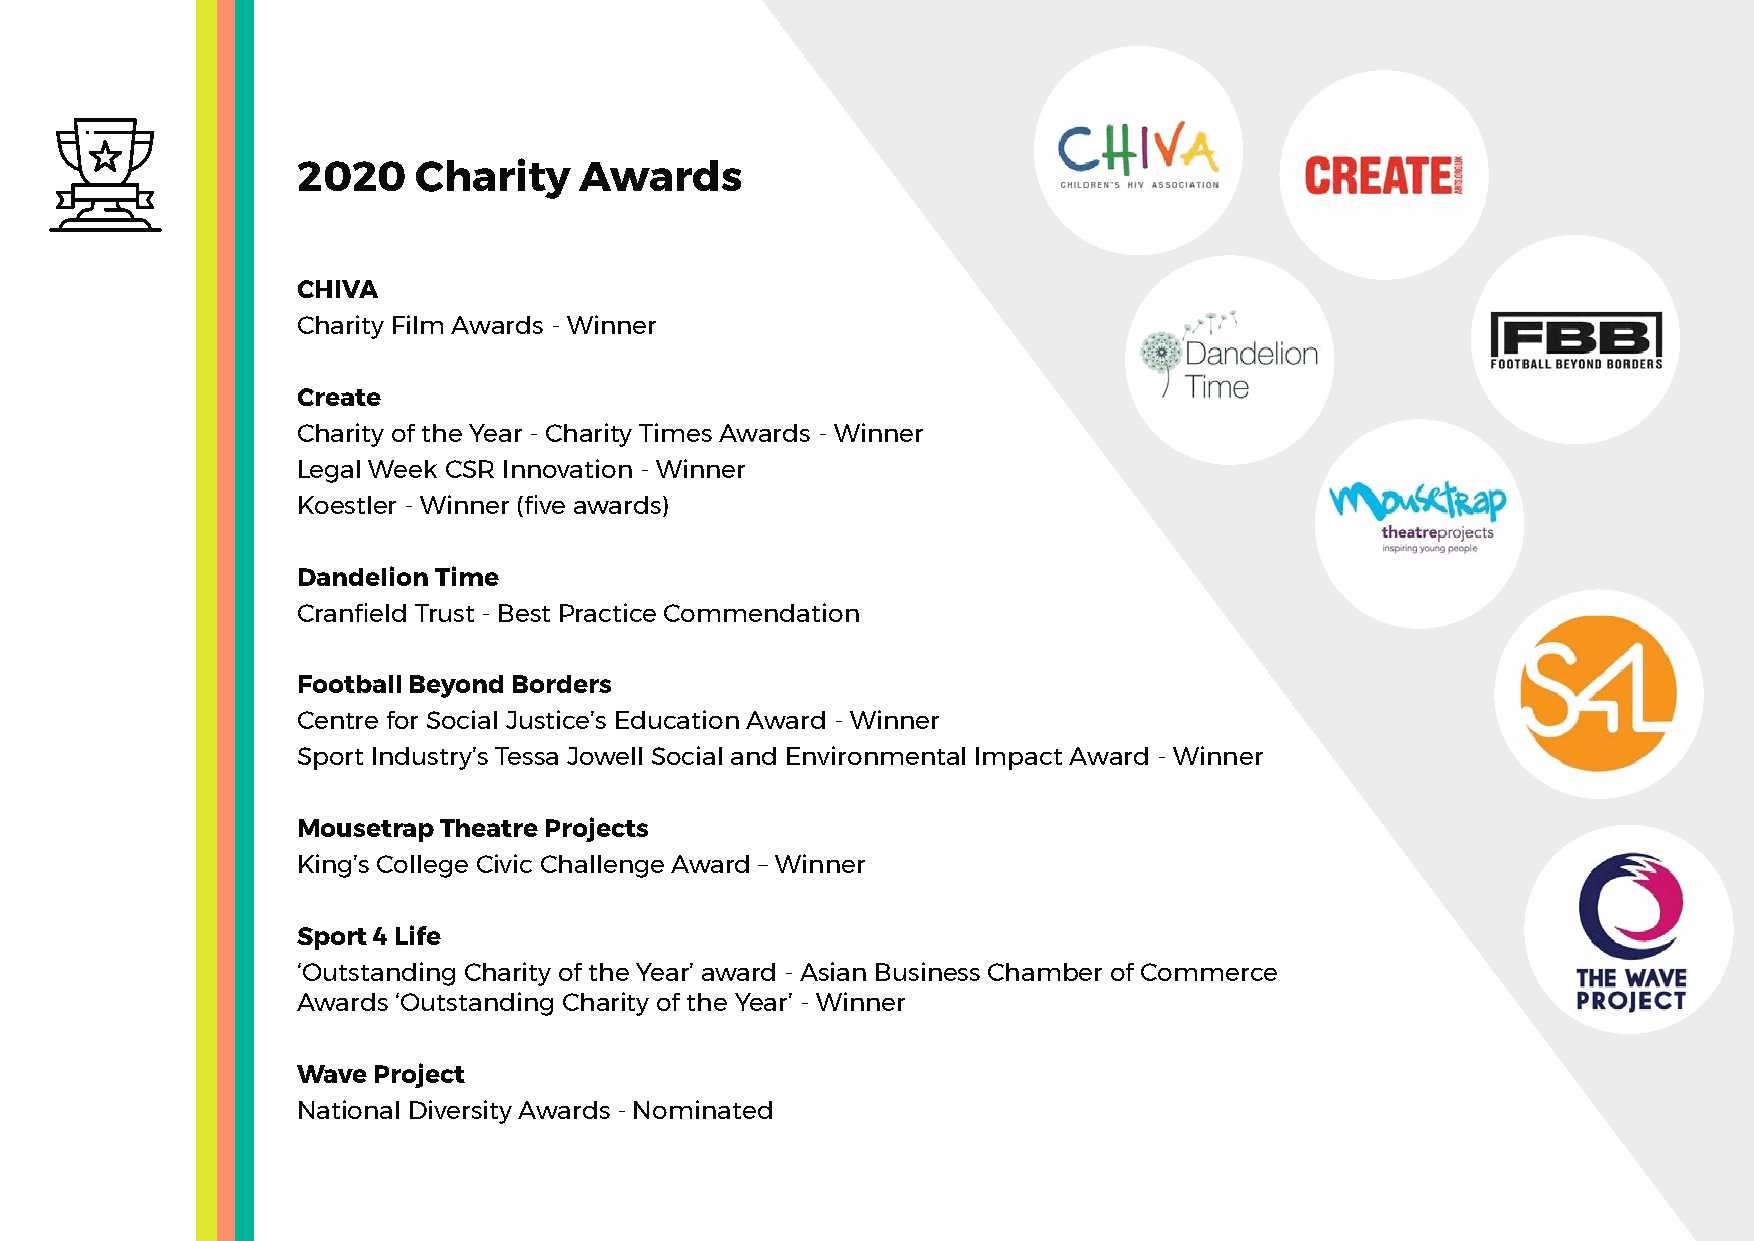
2020    Charity   Awards
 CHIVA
 Charity Film Awards - Winner
 Create
 Charity of the Year - Charity Times Awards - Winner
 Legal Week CSR Innovation - Winner
 Koestler - Winner (five awards)
 Dandelion Time
 Cranfield Trust - Best Practice Commendation
 Football Beyond Borders
 Centre for Social Justice’s Education Award - Winner
 Sport Industry’s Tessa Jowell Social and Environmental Impact Award - Winner
 Mousetrap Theatre Projects
 King’s College Civic Challenge Award – Winner
 Sport 4 Life
 ‘Outstanding Charity of the Year’ award - Asian Business Chamber of Commerce
 Awards ‘Outstanding Charity of the Year’ - Winner
 Wave Project
 National Diversity Awards - Nominated
 13